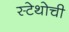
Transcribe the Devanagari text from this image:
स्टेथोची